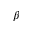
\beta